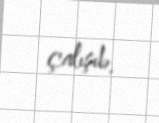
çalışıb.